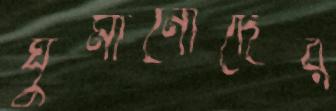
ঘুমানোদের